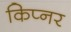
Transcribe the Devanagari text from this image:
किप्नर